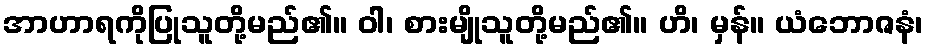
အာဟာရကိုပြုသူတို့မည်၏။ ဝါ၊ စားမျိုသူတို့မည်၏။ ဟိ၊ မှန်။ ယံဘောဇနံ၊